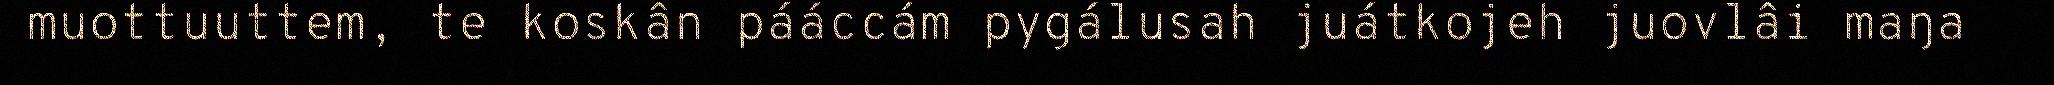
muottuuttem, te koskân pááccám pygálusah juátkojeh juovlâi maŋa